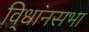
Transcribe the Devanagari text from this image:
वि्धानसभा